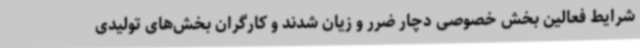
شرایط فعالین بخش خصوصی دچار ضرر و زیان شدند و کارگران بخش‌های تولیدی